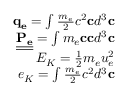
\begin{array} { r } { \mathbf { q _ { e } } = \int \frac { m _ { e } } { 2 } c ^ { 2 } \mathbf { c } d ^ { 3 } \mathbf { c } } \\ { \underline { { \underline { { \mathbf { P _ { e } } } } } } = \int m _ { e } \mathbf { c } \mathbf { c } d ^ { 3 } \mathbf { c } } \\ { E _ { K } = \frac { 1 } { 2 } m _ { e } u _ { e } ^ { 2 } } \\ { e _ { K } = \int \frac { m _ { e } } { 2 } c ^ { 2 } d ^ { 3 } \mathbf { c } } \end{array}